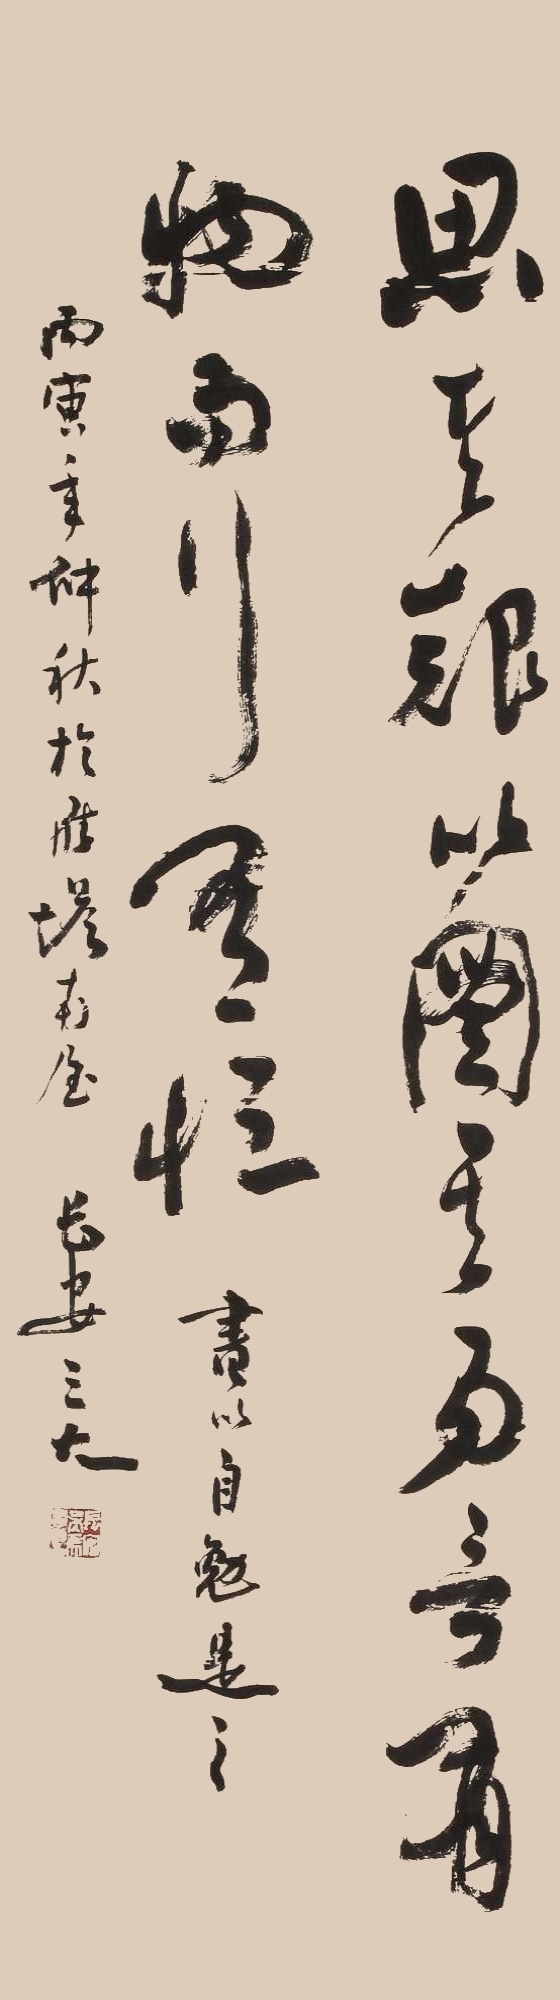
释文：思其艰以图其易，言有物而行有恒。书以自勉是之，丙寅年仲秋于雁塔南屋，长安三大。